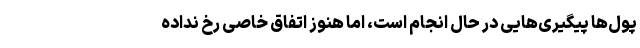
پول‌ها پیگیری‌هایی در حال انجام است، اما هنوز اتفاق خاصی رخ نداده